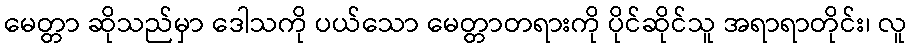
မေတ္တာ ဆိုသည်မှာ ဒေါသကို ပယ်သော မေတ္တာတရားကို ပိုင်ဆိုင်သူ အရာရာတိုင်း၊ လူ